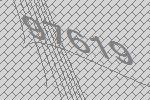
97619